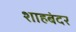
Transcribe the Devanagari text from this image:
शाहबंदर